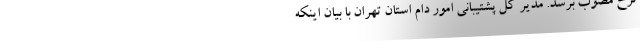
نرخ مصوب برسد. مدیر کل پشتیبانی امور دام استان تهران با بیان اینکه